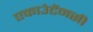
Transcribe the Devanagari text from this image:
एकाउंटेंनसी